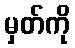
မှတ်ကို